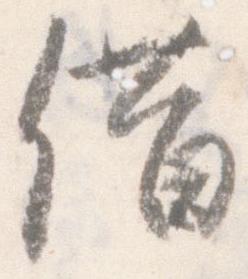
借